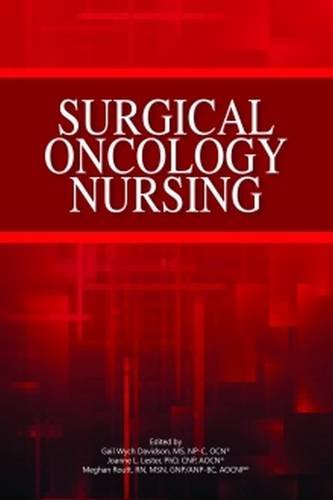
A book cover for Surgical Oncology Nursing; G. W. Davidson; Medical Books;